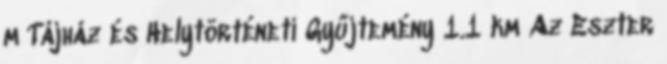
m Tájház és Helytörténeti Gyűjtemény 1.1 km Az Eszter